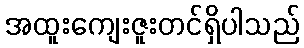
အထူးကျေးဇူးတင်ရှိပါသည်